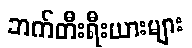
ဘက်တီးရီးယားများ